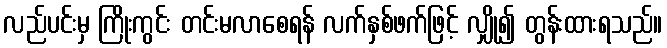
လည်ပင်းမှ ကြိုးကွင်း တင်းမလာစေရန် လက်နှစ်ဖက်ဖြင့် လျှို၍ တွန်းထားရသည်။